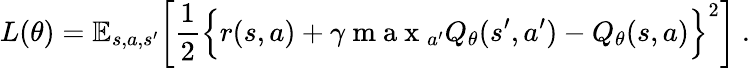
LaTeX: L(\theta)=\mathbb{E}_{s,a,s^{\prime}}\bigg[\frac{1}{2}\Big\lbrace r(s,a)+\gamma\mathrm{~m~a~x~}_{a^{\prime}}Q_{\theta}(s^{\prime},a^{\prime})-Q_{\theta}(s,a)\Big\rbrace^{2}\bigg]~.